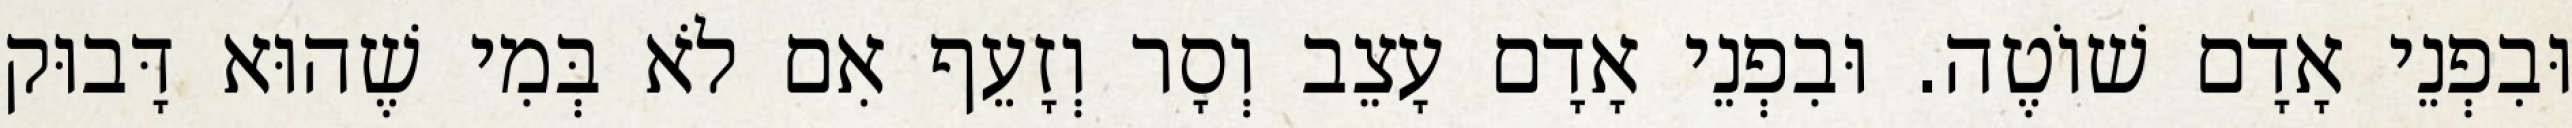
וּבִפְנֵי אָדָם שׁוֹטֶה. וּבִפְנֵי אָדָם עָצֵב וְסָר וְזָעֵף אִם לֹא בְּמִי שֶׁהוּא דָּבוּק